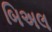
બિઅલ